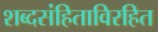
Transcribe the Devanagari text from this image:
शब्दसंहिताविरहित